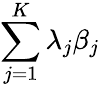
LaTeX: \sum_{j=1}^{K}\lambda_{j}\beta_{j}